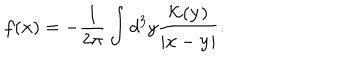
f ( { \bf x } ) = - \frac { 1 } { 2 \pi } \int d ^ { 3 } y \frac { { \cal K } ( { \bf y } ) } { | { \bf x } - { \bf y } | } .